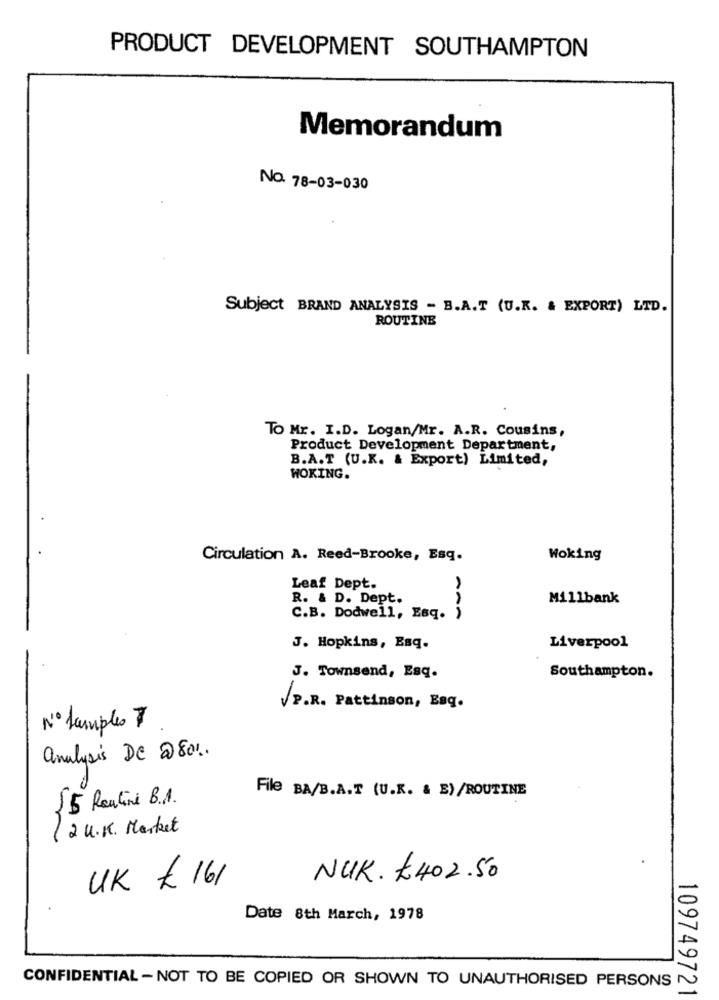
PRODUCT DEVELOPMENT SOUTHAMPTON
Memorandum
NO. 78-03-030
Subject BRAND ANALYSIS - B.A.T (U.K. & EXPORT) LTD.
ROUTINE
To Mr. I.D. Logan/Mr. A.R. Cousins,
Product Development Department,
B.A.T (U.K. & Export) Limited,
WOKING.
Circulation A. Reed-Brooke, Esq.
Woking
Leaf Dept.
R. & D. Dept.
Millbank
C.B. Dodwell, Esq. )
ANA
J. Hopkins, Esq.
Liverpool
J. Townsend, Esq.
Southampton.
VP.R. Pattinson, Eng.
Nº Lamples 7
analysis De @80%.
15 Routine B.1.
File BA/B.A.T (U.K. & E)/ROUTINE
2 U.K. Market
UK £ 161
NUK.£402.50
Date 8th March, 1978
CONFIDENTIAL - NOT TO BE COPIED OR SHOWN TO UNAUTHORISED PERSONS
109749721